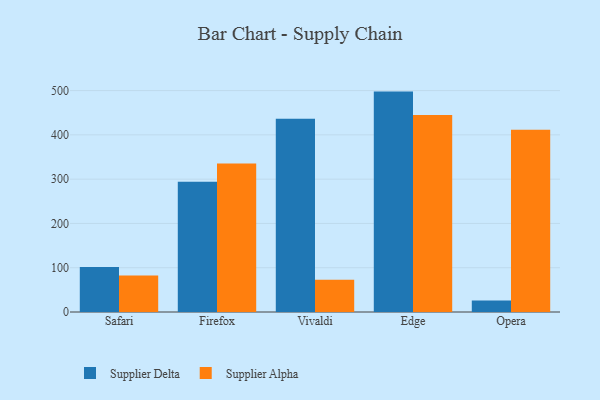
{"axis": {"x": "Browser", "y": "Tickets Resolved"}, "legend": ["Supplier Alpha", "Supplier Delta"], "data": [{"x": "Safari", "y": 101.7, "type": "Supplier Delta"}, {"x": "Safari", "y": 82.3, "type": "Supplier Alpha"}, {"x": "Firefox", "y": 294.1, "type": "Supplier Delta"}, {"x": "Firefox", "y": 335.6, "type": "Supplier Alpha"}, {"x": "Vivaldi", "y": 436.3, "type": "Supplier Delta"}, {"x": "Vivaldi", "y": 72.7, "type": "Supplier Alpha"}, {"x": "Edge", "y": 497.7, "type": "Supplier Delta"}, {"x": "Edge", "y": 445.0, "type": "Supplier Alpha"}, {"x": "Opera", "y": 26.0, "type": "Supplier Delta"}, {"x": "Opera", "y": 411.7, "type": "Supplier Alpha"}]}